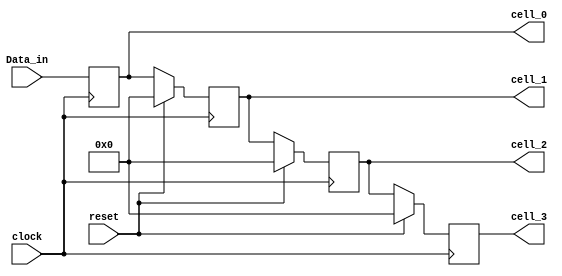
module Circular_Buffer_1 (cell_3, cell_2, cell_1, cell_0, Data_in, clock, reset);
  parameter 	buff_size = 4;
  parameter 	word_size = 8;
  output		[word_size-1: 0]	cell_3, cell_2, cell_1, cell_0;
  input		[word_size-1: 0] Data_in;
  input		clock, reset;
  reg			[word_size-1: 0] Buff_Array [buff_size-1: 0];
  assign		cell_3 = Buff_Array[3], cell_2 = Buff_Array[2];
  assign		cell_1 = Buff_Array[1], cell_0 = Buff_Array[0];
  integer 		k;

  always @ (posedge clock) begin
    if (reset == 1) for (k = 0; k <= buff_size-1; k = k+1)
      Buff_Array[k] <= 0;
    else for (k = 1; k <= buff_size-1; k = k+1) begin
      Buff_Array[k] <= Buff_Array[k-1];
    end
      Buff_Array[0] <= Data_in;
    end
endmodule